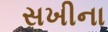
સખીના